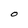
Character: O